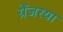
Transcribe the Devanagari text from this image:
ग्रेंजरया